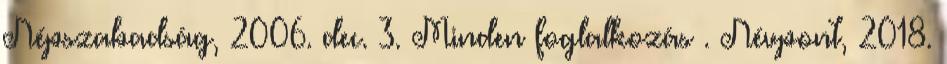
Népszabadság, 2006. dec. 3. Minden foglalkozás . Névpont, 2018.